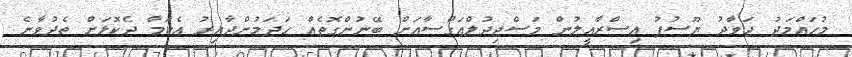
މުހައްމަދު ޖަވާދު ޔޫސުފު އިސްރާއީލުން މަސްޖިދުލްއަގްސާއަށް ބޭނުންގޮތެއް ހަދަމުންދާއިރު އެކަމާ ދެކޮޅަށް ތެެދުވާނެ